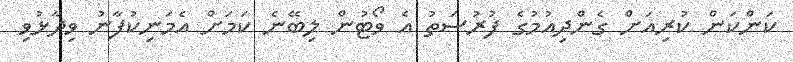
ކަންކަން ކުރިއަށް ގެންދިއުމުގެ ފުރުސަތު އެ ވޯޓުން ލިބޭނެ ކަމަށް އެމަނިކުފާނު ވިދާޅުވި